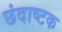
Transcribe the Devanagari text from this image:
छंदाष्टक